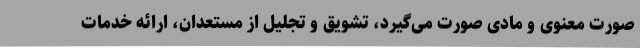
صورت معنوی و مادی صورت می‌گیرد، تشویق و تجلیل از مستعدان، ارائه خدمات